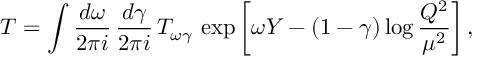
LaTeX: T = \int \frac { d \omega } { 2 \pi i } \, \frac { d \gamma } { 2 \pi i } \, T _ { \omega \gamma } \, \exp \left[ \omega Y - ( 1 - \gamma ) \log \frac { Q ^ { 2 } } { \mu ^ { 2 } } \right] ,